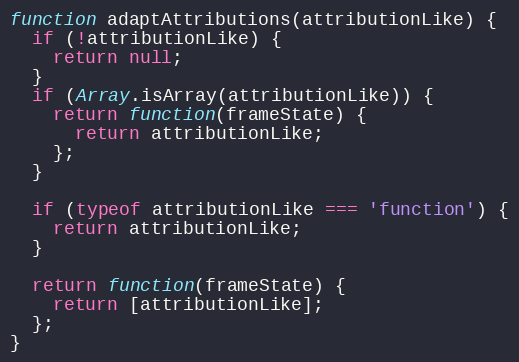
Language: JavaScript
function adaptAttributions(attributionLike) {
  if (!attributionLike) {
    return null;
  }
  if (Array.isArray(attributionLike)) {
    return function(frameState) {
      return attributionLike;
    };
  }

  if (typeof attributionLike === 'function') {
    return attributionLike;
  }

  return function(frameState) {
    return [attributionLike];
  };
}